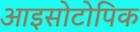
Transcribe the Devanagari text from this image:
आइसोटोपिक